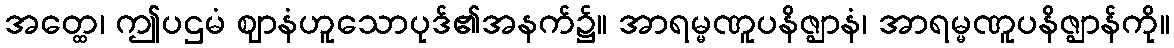
အတ္ထေ၊ ဤပဌမံ ဈာနံဟူသောပုဒ်၏အနက်၌။ အာရမ္မဏူပနိဇ္ဈာနံ၊ အာရမ္မဏူပနိဇ္ဈာန်ကို။